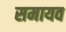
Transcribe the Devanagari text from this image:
समायव